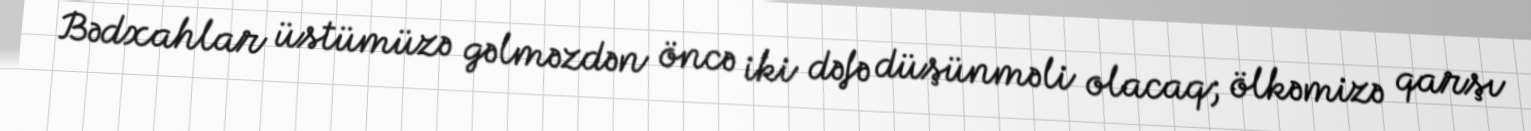
Bədxahlar üstümüzə gəlməzdən öncə iki dəfə düşünməli olacaq; ölkəmizə qarşı